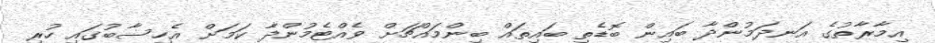
އިމާރާތުގެ އަނދަމުންދާ ބައިން ބޮޑެތި ބައިތައް ބިންމައްޗަށް ވެއްޓެމުންދާ ކަމަށް އެހިސާބުގައި ހުރި